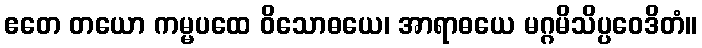
ဧတေ တယော ကမ္မပထေ ဝိသောဓယေ၊ အာရာဓယေ မဂ္ဂမိသိပ္ပဝေဒိတံ။